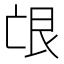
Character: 𦫋